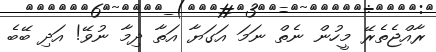
ރާއްޖެތެރޭ މީހުން ނެތް ނަމަ އަގަޔާ އަތާ ދިމާ ނުވޭ! އަދި ބޭބެ